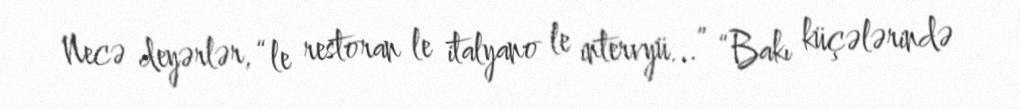
Necə deyərlər, “le restoran le italyano le intervyü...” “Bakı küçələrində